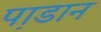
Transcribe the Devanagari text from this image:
पा़डान